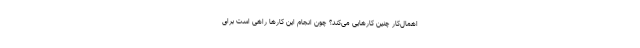
اهمال‌کار چنین کارهایی می‌کند؟ چون انجام این کارها راهی است برای